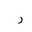
Letter: _ra